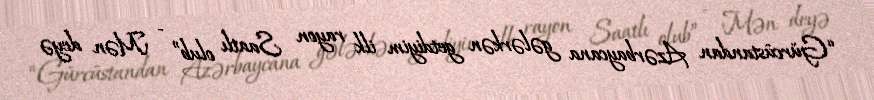
“Gürcüstandan Azərbaycana gələrkən getdiyim ilk rayon Saatlı olub” - Mən deyə